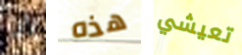
إن هذه تعيشي